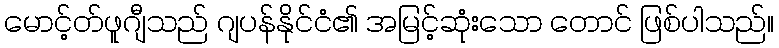
မောင့်တ်ဖူဂျီသည် ဂျပန်နိုင်ငံ၏ အမြင့်ဆုံးသော တောင် ဖြစ်ပါသည်။